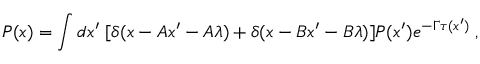
P ( x ) = \int d x ^ { \prime } \; [ \delta ( x - A x ^ { \prime } - A \lambda ) + \delta ( x - B x ^ { \prime } - B \lambda ) ] P ( x ^ { \prime } ) e ^ { - \Gamma \tau ( x ^ { \prime } ) } \; ,